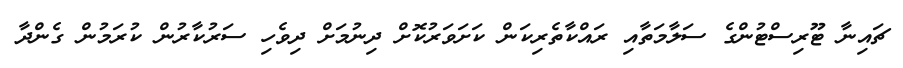
ޗައިނާ ޓޫރިސްޓުންގެ ސަލާމަތާއި ރައްކާތެރިކަން ކަށަވަރުކޮށް ދިނުމަށް ދިވެހި ސަރުކާރުން ކުރަމުން ގެންދާ